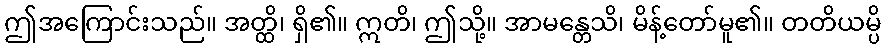
ဤအကြောင်းသည်။ အတ္ထိ၊ ရှိ၏။ ဣတိ၊ ဤသို့။ အာမန္တေသိ၊ မိန့်တော်မူ၏။ တတိယမ္ပိ